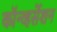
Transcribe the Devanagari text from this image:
कॉन्व्हर्सेशन